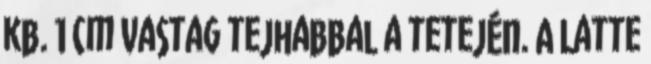
kb. 1 cm vastag tejhabbal a tetején. A Latte